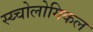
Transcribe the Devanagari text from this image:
स्य्चोलोगिकल